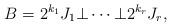
LaTeX: \begin{align*}B=2^{k_1}J_1\bot\cdots\bot 2^{k_r}J_r,\end{align*}